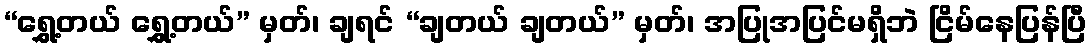
“ရွှေ့တယ် ရွှေ့တယ်” မှတ်၊ ချရင် “ချတယ် ချတယ်” မှတ်၊ အပြုအပြင်မရှိဘဲ ငြိမ်နေပြန်ပြီ